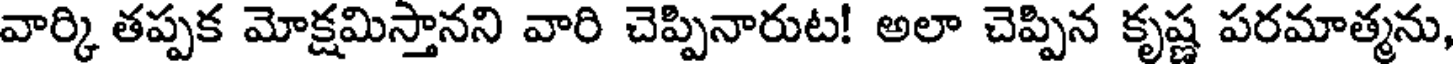
వార్కి తప్పక మోక్షమిస్తానని వారి చెప్పినారుట! అలా చెప్పిన కృష్ణ పరమాత్మను,